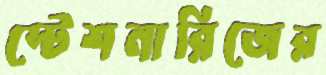
স্টেশনারিজের